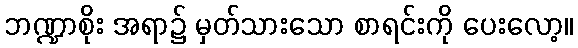
ဘဏ္ဍာစိုး အရာ၌ မှတ်သားသော စာရင်းကို ပေးလော့။